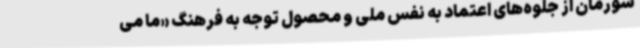
شورمان از جلوه‌های اعتماد به نفس ملی و محصول توجه به فرهنگ «ما می